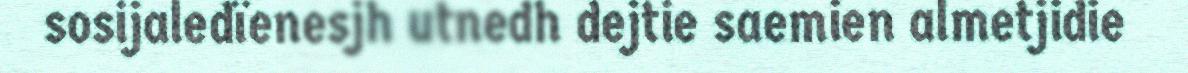
sosijaledïenesjh utnedh dejtie saemien almetjidie